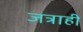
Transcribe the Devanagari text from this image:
जत्राही